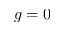
g = 0